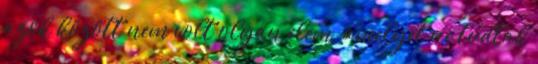
azok között nem volt olyan elem, amelyet ne tudtak